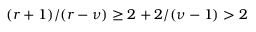
( r + 1 ) / ( r - \nu ) \geq 2 + 2 / ( \nu - 1 ) > 2